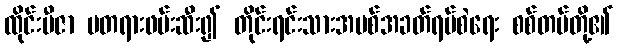
ထိုင်းဗီဇာ မတရားဖမ်းဆီး၍ တိုင်းရင်းသားအပစ်အခတ်ရပ်စဲရေး စစ်တပ်တို့၏